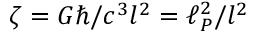
\zeta = G \hbar / c ^ { 3 } l ^ { 2 } = \ell _ { P } ^ { 2 } / l ^ { 2 }